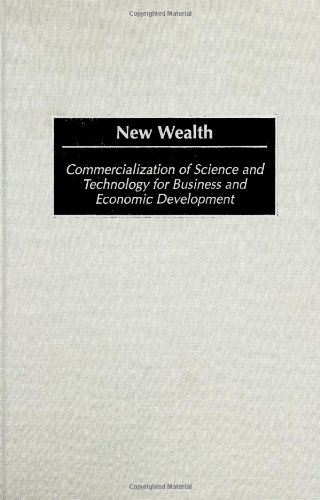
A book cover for New Wealth: Commercialization of Science and Technology for Business and Economic Development; George Kozmetsky; Computers & Technology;